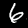
Label: 6